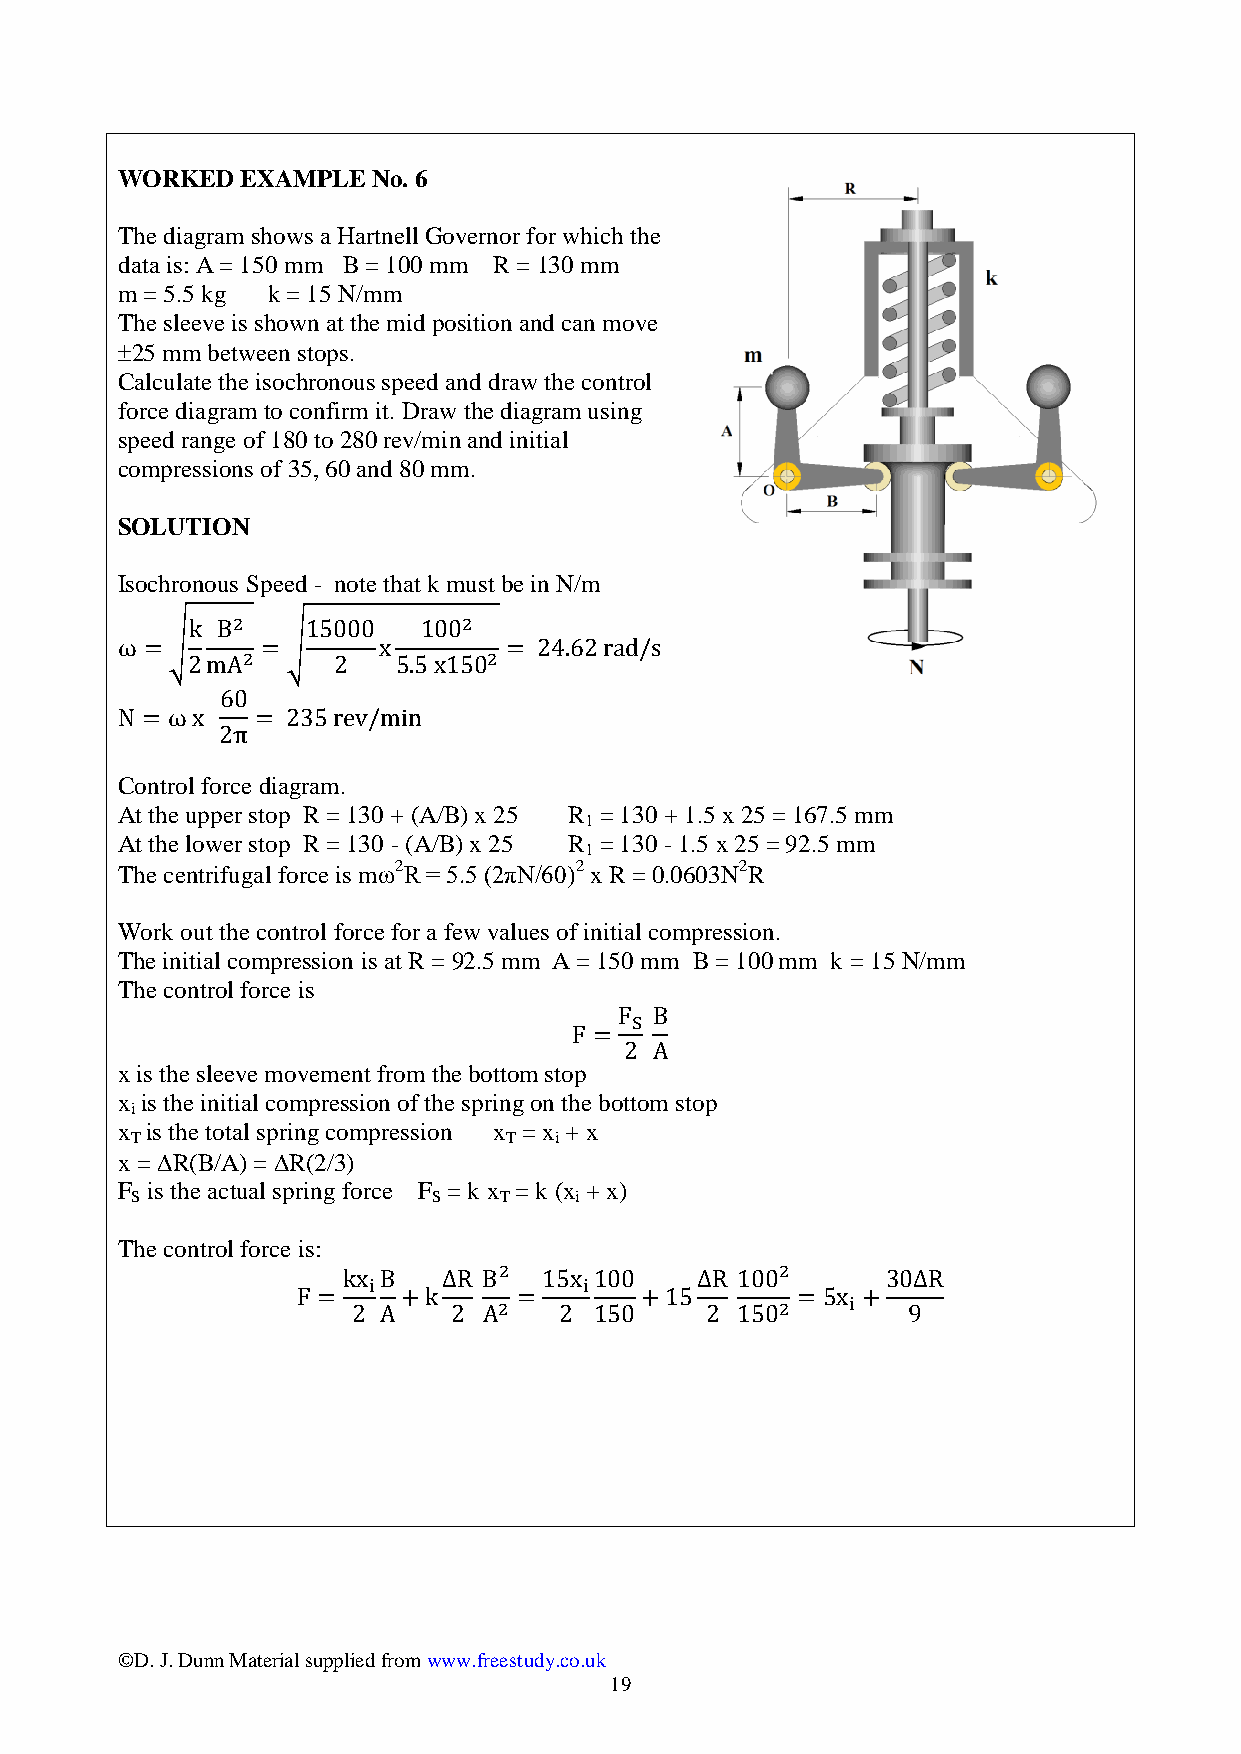
WORKED  EXAMPLE  No. 6
 The diagram shows a Hartnell Governor for which the
 data is: A = 150 mm B = 100 mm R = 130 mm
 m = 5.5 kg k = 15 N/mm
 The sleeve is shown at the mid position and can move
 25 mm between stops.
 Calculate the isochronous speed and draw the control
 force diagram to confirm it. Draw the diagram using
 speed range of 180 to 280 rev/min and initial
 compressions of 35, 60 and 80 mm.
 SOLUTION
 Isochronous Speed - note that k must be in N/m
 Control force diagram.
 At the upper stop R = 130 + (A/B) x 25 R = 130 + 1.5 x 25 = 167.5 mm
 1
 At the lower stop R = 130 - (A/B) x 25 R = 130 - 1.5 x 25 = 92.5 mm
 1
 The centrifugal force is m2R = 5.5 (2πN/60)2 x R = 0.0603N2R
 Work out the control force for a few values of initial compression.
 The initial compression is at R = 92.5 mm A = 150 mm B = 100 mm k = 15 N/mm
 The control force is
 x is the sleeve movement from the bottom stop
 x is the initial compression of the spring on the bottom stop
 i
 x is the total spring compression x = x + x
 T                       T   i
 x = R(B/A) = R(2/3)
 F is the actual spring force F = k x = k (x + x)
 S                   S   T    i
 The control force is:
 ©D. J. Dunn Material supplied from www.freestudy.co.uk
 19